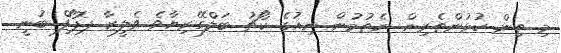
މި ތިން ކުޅުންތެރިން ނެތުމުން ނިއުގެ ކޯޗު ބަލްގޭރިޔާވެ ވެލީޒާ ޕޮޕޯފް ބުނީ